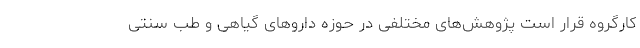
کارگروه قرار است پژوهش‌های مختلفی در حوزه داروهای گیاهی و طب سنتی